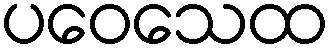
ပဝေသေထ